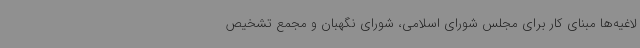
لاغیه‌ها مبنای کار برای مجلس شورای اسلامی، شورای نگهبان و مجمع تشخیص